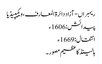
ریمبراں - آزاد دائرۃ المعارف، ویکیپیڈیا
پیدائش: 1606ء
انتقال: 1669ء
ہالینڈ کا عظیم مصور ۔